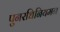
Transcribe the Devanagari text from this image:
पुनरधिनियमन